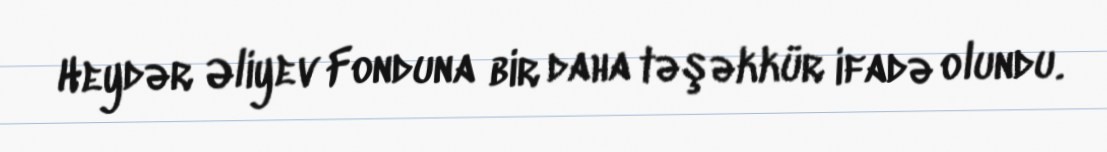
Heydər Əliyev Fonduna bir daha təşəkkür ifadə olundu.